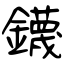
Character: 鑖